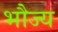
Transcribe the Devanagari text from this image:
भौज्य